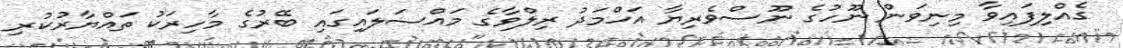
ގެއްލިފައިވާ މިނިވަން ނޫހުގެ ނޫސްވެރިޔާ އަހްމަދު ރިލްވާގެ މައްސަލައިގައި ބޭރުގެ މާހިރަކު ތައްޔާރުކުރި